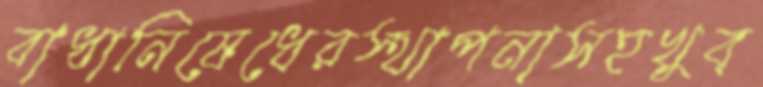
বাধানিষেধেরস্থাপনাসহখুব্